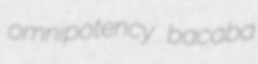
omnipotency bacaba